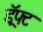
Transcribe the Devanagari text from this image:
ड्रॅफ्ट